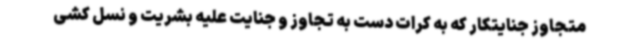
متجاوز جنایتکار که به کرات دست به تجاوز و جنایت علیه بشریت و نسل کشی